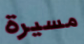
مسيرة